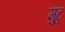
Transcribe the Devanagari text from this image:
मुटु